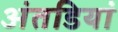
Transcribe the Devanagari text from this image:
अंतडियां